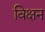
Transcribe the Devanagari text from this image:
विक्षन